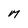
Character: M